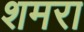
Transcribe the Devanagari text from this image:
शमरा